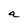
Character: a